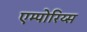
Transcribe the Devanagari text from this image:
एम्पोरिय्स